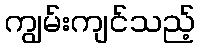
ကျွမ်းကျင်သည့်